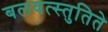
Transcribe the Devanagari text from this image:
बलवत्स्तुतिते